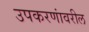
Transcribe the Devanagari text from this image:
उपकरणांवरील